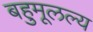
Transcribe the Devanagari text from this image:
बहुमूलल्य